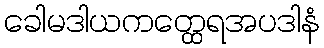
ခေါမဒါယကတ္ထေရအပဒါနံ